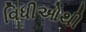
વિધીઓથી